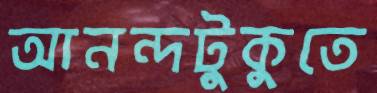
আনন্দটুকুতে